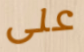
على